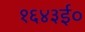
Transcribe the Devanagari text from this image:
१६४३ई०